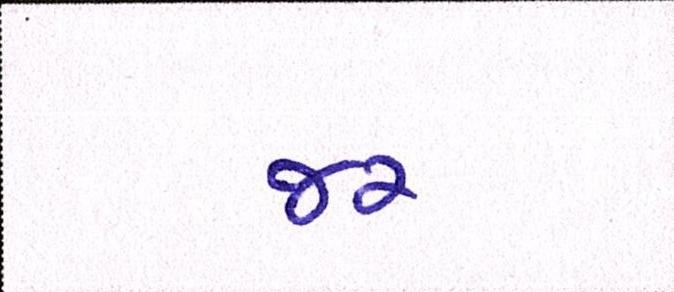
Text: જર